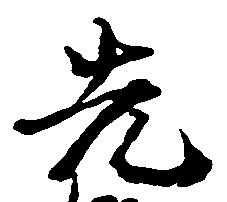
先